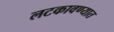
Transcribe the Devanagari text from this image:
लटकावण्यात